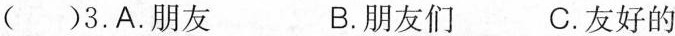
( )3.A.朋友 B.朋友们 C.友好的